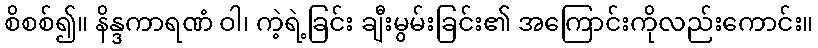
စိစစ်၍။ နိန္ဒကာရဏံ ဝါ၊ ကဲ့ရဲ့ခြင်း ချီးမွမ်းခြင်း၏ အကြောင်းကိုလည်းကောင်း။